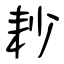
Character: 耖